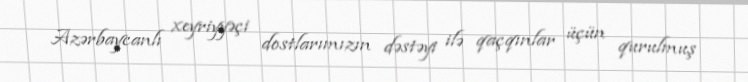
Azərbaycanlı xeyriyyəçi dostlarımızın dəstəyi ilə qaçqınlar üçün qurulmuş